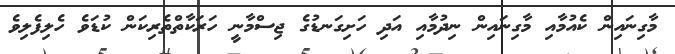
މާގިނައިން ކެއުމާއި މާގިނައިން ނިދުމާއި އަދި ހަށިގަނޑުގެ ޖިސްމާނީ ހަރަކާތްތެރިކަން ކުޑަވެ ހެލިފެލިވެ